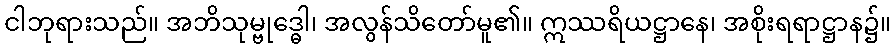
ငါဘုရားသည်။ အဘိသုမ္ဗုဒ္ဓေါ၊ အလွန်သိတော်မူ၏။ ဣဿရိယဋ္ဌာနေ၊ အစိုးရရာဋ္ဌာန၌။